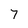
Character: 7